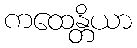
ကထေန္တိယာ